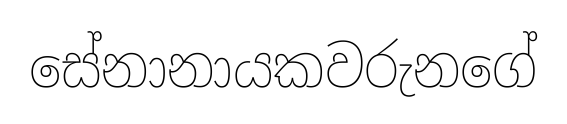
සේනානායකවරුනගේ